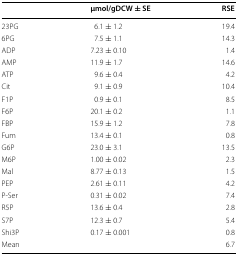
<table><thead><tr><td></td><td><b>μmol/gDCW ± SE</b></td><td><b>RSE</b></td></tr></thead><tbody><tr><td>23PG</td><td>6.1 ± 1.2</td><td>19.4</td></tr><tr><td>6PG</td><td>7.5 ± 1.1</td><td>14.3</td></tr><tr><td>ADP</td><td>7.23 ± 0.10</td><td>1.4</td></tr><tr><td>AMP</td><td>11.9 ± 1.7</td><td>14.6</td></tr><tr><td>ATP</td><td>9.6 ± 0.4</td><td>4.2</td></tr><tr><td>Cit</td><td>9.1 ± 0.9</td><td>10.4</td></tr><tr><td>F1P</td><td>0.9 ± 0.1</td><td>8.5</td></tr><tr><td>F6P</td><td>20.1 ± 0.2</td><td>1.1</td></tr><tr><td>FBP</td><td>15.9 ± 1.2</td><td>7.8</td></tr><tr><td>Fum</td><td>13.4 ± 0.1</td><td>0.8</td></tr><tr><td>G6P</td><td>23.0 ± 3.1</td><td>13.5</td></tr><tr><td>M6P</td><td>1.00 ± 0.02</td><td>2.3</td></tr><tr><td>Mal</td><td>8.77 ± 0.13</td><td>1.5</td></tr><tr><td>PEP</td><td>2.61 ± 0.11</td><td>4.2</td></tr><tr><td>P-Ser</td><td>0.31 ± 0.02</td><td>7.4</td></tr><tr><td>R5P</td><td>13.6 ± 0.4</td><td>2.8</td></tr><tr><td>S7P</td><td>12.3 ± 0.7</td><td>5.4</td></tr><tr><td>Shi3P</td><td>0.17 ± 0.001</td><td>0.8</td></tr><tr><td colspan="2">Mean</td><td>6.7</td></tr></tbody></table>